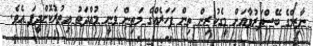
ނާޒިމްގެ ބޭސްފަރުވާއަށް މީގެކުރިން ތިން ފަހަރެއްގެ މަތިން ވަނީ މުއްދަތު އިތުރުކޮށްދީފަ އެވެ.